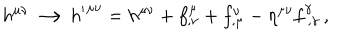
h ^ { \mu \nu } \longrightarrow { h ^ { \prime } } ^ { \mu \nu } = h ^ { \mu \nu } + f _ { , \nu } ^ { \mu } + f _ { , \mu } ^ { \nu } - \eta ^ { \mu \nu } f _ { \ , \gamma } ^ { \gamma } \, ,